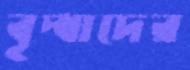
বৃদ্ধাদের